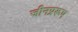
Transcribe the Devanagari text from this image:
जीनप्ररूप